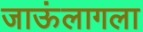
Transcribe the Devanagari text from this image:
जाऊंलागला